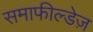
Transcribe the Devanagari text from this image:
समाफील्डेज़